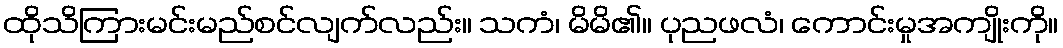
ထိုသိကြားမင်းမည်စင်လျက်လည်း။ သကံ၊ မိမိ၏။ ပုညဖလံ၊ ကောင်းမှုအကျိုးကို။